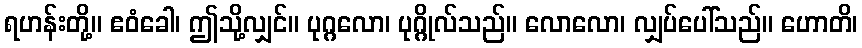
ရဟန်းတို့။ ဧဝံခေါ၊ ဤသို့လျှင်။ ပုဂ္ဂလော၊ ပုဂ္ဂိုလ်သည်။ လောလော၊ လျှပ်ပေါ်သည်။ ဟောတိ၊